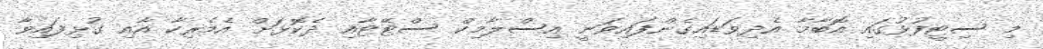
މި ސިޓީފުޅުގައި އޮބާމާ އެދިވަޑައިގެންފައިވަނީ އިސްލާމިކް ސްޓޭޓާއި ދެކޮޅަށް އެމެރިކާ އާއި ގުޅިފައިވާ